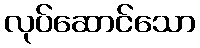
လုပ်ဆောင်သော